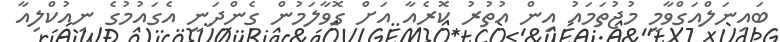
ބައިނަލްއަގްވާމީ މުޖުތަމައު އިން އުތުރު ކޮރެއާ އަށް ގޮވާލަމުން ގެންދަނީ އެގައުމުގެ ނިއުކްލިއާ